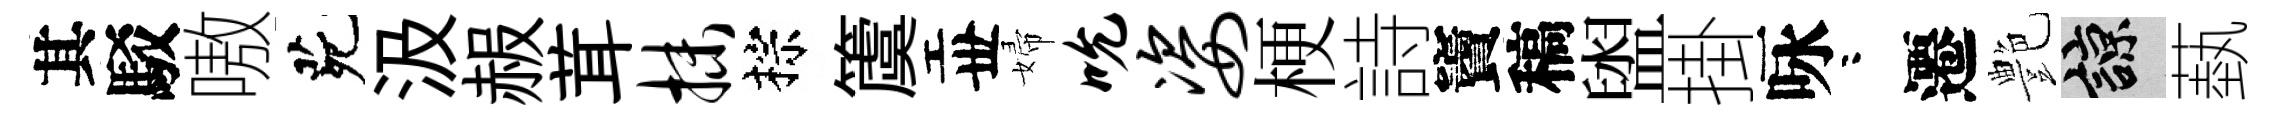
其駁嗷茕汲赧茸抹棕𥵂丗婦吮姿梗詩竇稿盥掛咏咯遷艶諒蓺